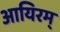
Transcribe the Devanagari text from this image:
आयिरम्